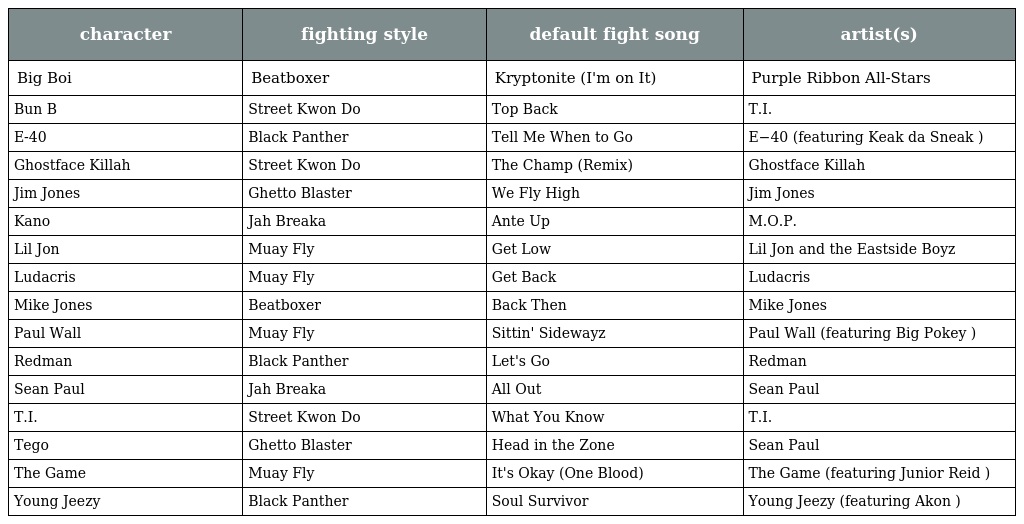
| character | fighting style | default fight song | artist(s) |
 | --- | --- | --- | --- |
 | Big Boi | Beatboxer | Kryptonite (I'm on It) | Purple Ribbon All-Stars |
 | Bun B | Street Kwon Do | Top Back | T.I. |
 | E-40 | Black Panther | Tell Me When to Go | E−40 (featuring Keak da Sneak ) |
 | Ghostface Killah | Street Kwon Do | The Champ (Remix) | Ghostface Killah |
 | Jim Jones | Ghetto Blaster | We Fly High | Jim Jones |
 | Kano | Jah Breaka | Ante Up | M.O.P. |
 | Lil Jon | Muay Fly | Get Low | Lil Jon and the Eastside Boyz |
 | Ludacris | Muay Fly | Get Back | Ludacris |
 | Mike Jones | Beatboxer | Back Then | Mike Jones |
 | Paul Wall | Muay Fly | Sittin' Sidewayz | Paul Wall (featuring Big Pokey ) |
 | Redman | Black Panther | Let's Go | Redman |
 | Sean Paul | Jah Breaka | All Out | Sean Paul |
 | T.I. | Street Kwon Do | What You Know | T.I. |
 | Tego | Ghetto Blaster | Head in the Zone | Sean Paul |
 | The Game | Muay Fly | It's Okay (One Blood) | The Game (featuring Junior Reid ) |
 | Young Jeezy | Black Panther | Soul Survivor | Young Jeezy (featuring Akon ) |